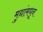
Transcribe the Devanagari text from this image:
मुद्यांमधून